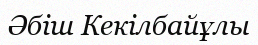
Әбіш Кекілбайұлы